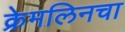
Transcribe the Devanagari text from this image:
क्रेमलिनचा